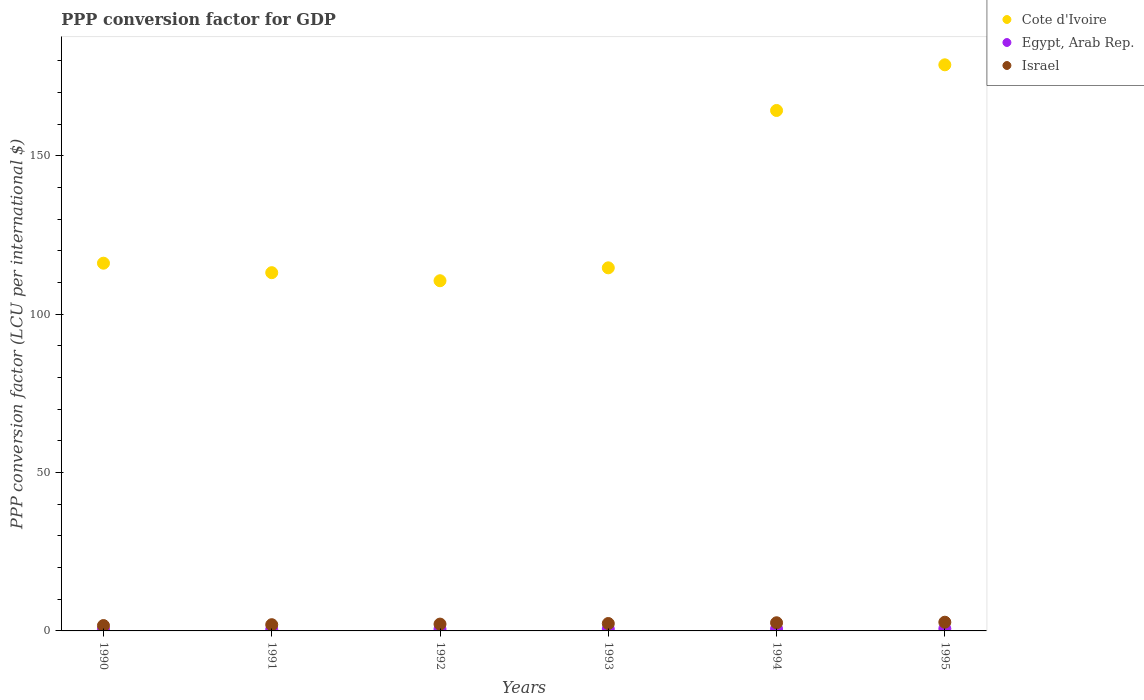
| Years | Cote d'Ivoire | Egypt, Arab Rep. | Israel |
 | --- | --- | --- | --- |
 | 1990 | 116 | 0.439 | 1.69 |
 | 1991 | 113 | 0.486 | 1.97 |
 | 1992 | 111 | 0.569 | 2.15 |
 | 1993 | 115 | 0.602 | 2.34 |
 | 1994 | 164 | 0.64 | 2.57 |
 | 1995 | 179 | 0.698 | 2.75 |